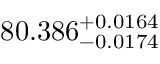
8 0 . 3 8 6 _ { - 0 . 0 1 7 4 } ^ { + 0 . 0 1 6 4 }